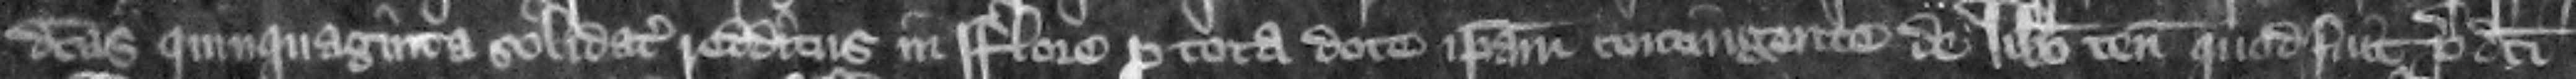
dictas quinquaginta solidatas redditus in Flore pro tota dote ipsam contingente de libero tenemento quod fuit predicti